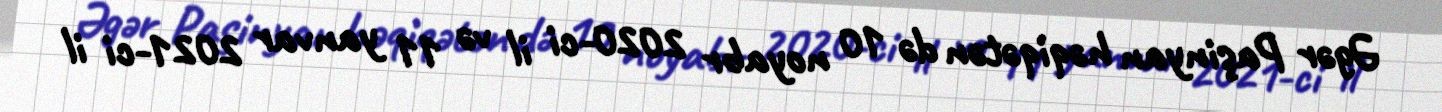
Əgər Paşinyan həqiqətən də 10 noyabr 2020-ci il və 11 yanvar 2021-ci il